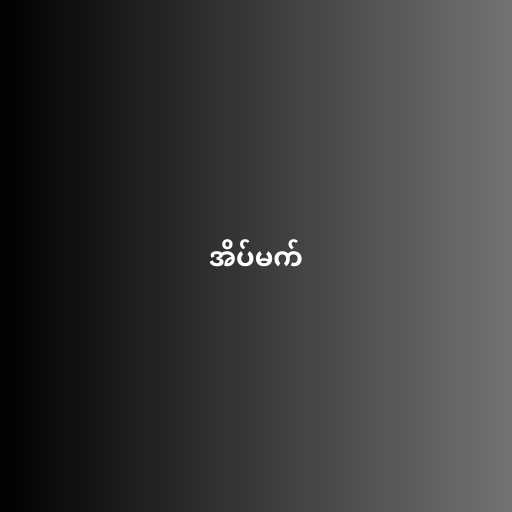
အိပ်မက်